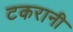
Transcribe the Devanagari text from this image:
टकरानी